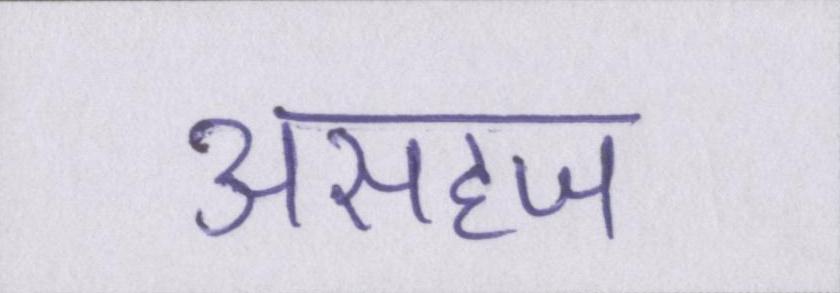
असहज